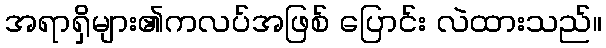
အရာရှိများ၏ကလပ်အဖြစ် ပြောင်း လဲထားသည်။